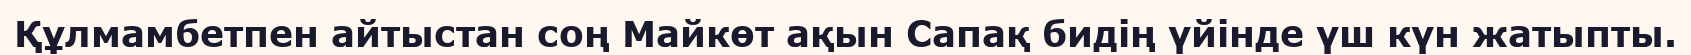
Құлмамбетпен айтыстан соң Майкөт ақын Сапақ бидің үйінде үш күн жатыпты.